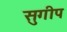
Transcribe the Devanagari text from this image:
सुगीप